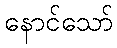
နောင်သော်